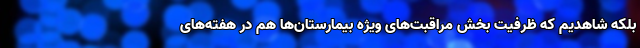
بلکه شاهدیم که ظرفیت بخش مراقبت‌های ویژه بیمارستان‌ها هم در هفته‌های